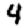
Digit: 4